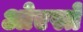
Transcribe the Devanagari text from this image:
ओएस्ते